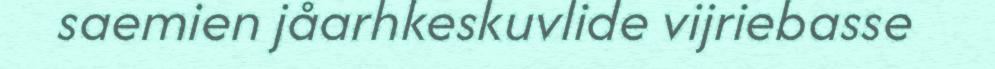
saemien jåarhkeskuvlide vijriebasse